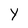
Character: Y